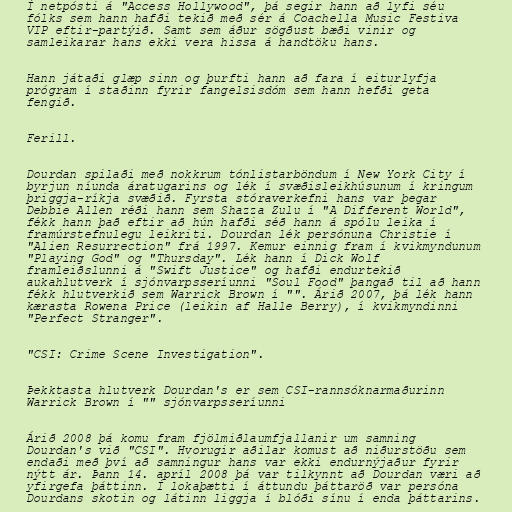
Í netpósti á "Access Hollywood", þá segir hann að lyfi séu
fólks sem hann hafði tekið með sér á Coachella Music Festiva
VIP eftir-partýið. Samt sem áður sögðust bæði vinir og
samleikarar hans ekki vera hissa á handtöku hans.

Hann játaði glæp sinn og þurfti hann að fara í eiturlyfja
prógram í staðinn fyrir fangelsisdóm sem hann hefði geta
fengið.

Ferill.

Dourdan spilaði með nokkrum tónlistarböndum í New York City í
byrjun níunda áratugarins og lék í svæðisleikhúsunum í kringum
þriggja-ríkja svæðið. Fyrsta stóraverkefni hans var þegar
Debbie Allen réði hann sem Shazza Zulu í "A Different World",
fékk hann það eftir að hún hafði séð hann á spólu leika í
framúrstefnulegu leikriti. Dourdan lék persónuna Christie í
"Alien Resurrection" frá 1997. Kemur einnig fram í kvikmyndunum
"Playing God" og "Thursday". Lék hann í Dick Wolf
framleiðslunni á "Swift Justice" og hafði endurtekið
aukahlutverk í sjónvarpsseríunni "Soul Food" þangað til að hann
fékk hlutverkið sem Warrick Brown í "". Árið 2007, þá lék hann
kærasta Rowena Price (leikin af Halle Berry), í kvikmyndinni
"Perfect Stranger".

"CSI: Crime Scene Investigation".

Þekktasta hlutverk Dourdan's er sem CSI-rannsóknarmaðurinn
Warrick Brown í "" sjónvarpsseríunni

Árið 2008 þá komu fram fjölmiðlaumfjallanir um samning
Dourdan's við "CSI". Hvorugir aðilar komust að niðurstöðu sem
endaði með því að samningur hans var ekki endurnýjaður fyrir
nýtt ár. Þann 14. apríl 2008 þá var tilkynnt að Dourdan væri að
yfirgefa þáttinn. Í lokaþætti í áttundu þáttaröð var persóna
Dourdans skotin og látinn liggja í blóði sínu í enda þáttarins.